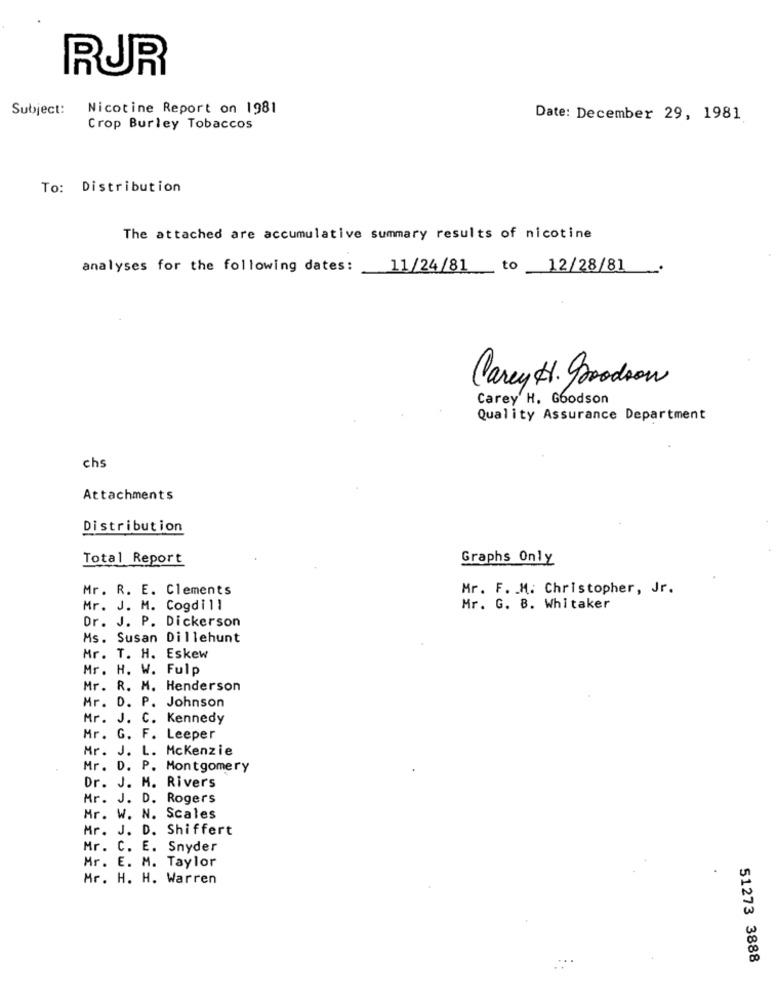
RUR
Subject:
Nicotine Report on 1981
Date: December 29, 1981
Crop Burley Tobaccos
To: Distribution
The attached are accumulative summary results of nicotine
analyses for the following dates:
11/24/81 to 12/28/81
Carey H. Goodson
Carey H. Goodson
Quality Assurance Department
chs
Attachments
Distribution
Total Report
Graphs Only
Mr. R. E. Clements
Mr. F. M. Christopher, Jr.
Mr. J. M. Cogdill
Mr. G. B. Whitaker
Dr. J. P. Dickerson
Ms. Susan Dillehunt
Mr. T. H. Eskew
Mr. H. W. Fulp
Mr. R. M. Henderson
Mr. D. P. Johnson
Mr. J. C. Kennedy
Mr. G. F. Leeper
Mr. J. L. Mckenzie
Mr. D. P. Montgomery
Dr. J. H. Rivers
Mr. J. D. Rogers
Mr. W. N. Scales
Mr. J. D. Shiffert
Mr. C. E. Snyder
Mr. E. M. Taylor
Mr. H. H. Warren
51273 3888